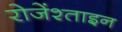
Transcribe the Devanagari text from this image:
रोजेंश्ताइन